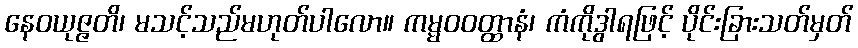
နေဝယုဇ္ဇတိ၊ မသင့်သည်မဟုတ်ပါလော။ ကမ္မဝဝတ္ထာနံ၊ ကံကိုဒွါရဖြင့် ပိုင်းခြားသတ်မှတ်